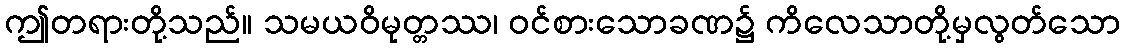
ဤတရားတို့သည်။ သမယဝိမုတ္တဿ၊ ဝင်စားသောခဏ၌ ကိလေသာတို့မှလွတ်သော